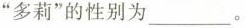
”多莉”的性别为___。